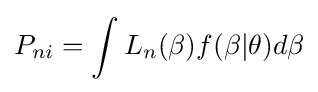
P_{ni}=\int L_{n}(\beta )f(\beta |\theta )d\beta